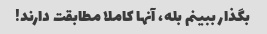
بگذار ببینم بله، آنها کاملا مطابقت دارند!